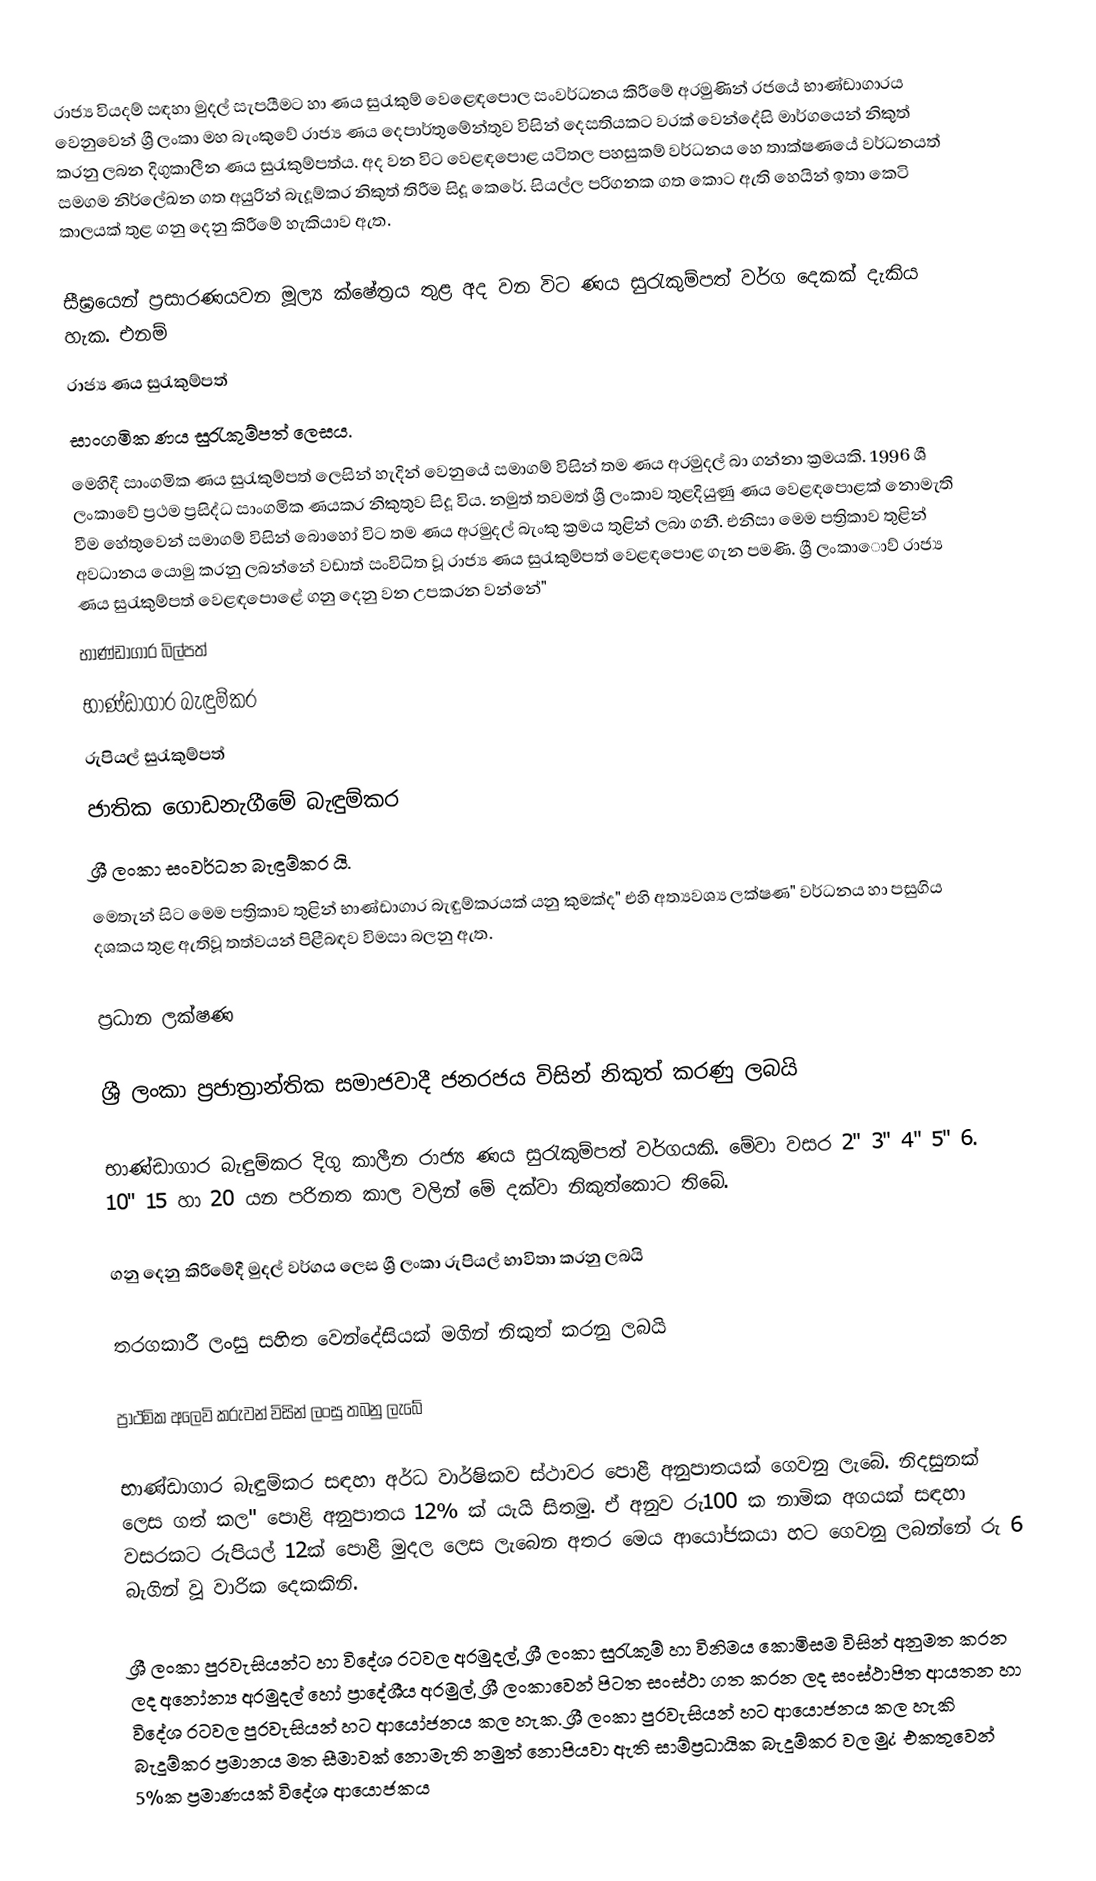
රාජ්‍ය වියදම් සඳහා මුදල් සැපයීමට හා ණය සුරැකුම් වෙළෙඳපොල සංවර්ධනය කිරීමේ අරමුණින් රජයේ භාණ්ඩාගාරය වෙනුවෙන් ශ්‍රී ලංකා මහ බැංකුවේ රාජ්‍ය ණය දෙපාර්තුමේන්තුව විසින් දෙසතියකට වරක් වෙන්දේසි මාර්ගයෙන් නිකුත් කරනු ලබන දිගුකාලීන ණය සුරැකුම්පත්ය. අද වන විට වෙළඳපොළ යටිතල පහසුකම් වර්ධනය හෙ තාක්ෂණයේ වර්ධනයත් සමගම නිර්ලේඛන ගත අයුරින් බැදූම්කර නිකුත් තිරීම සිදූ කෙරේ. සියල්ල පරිගනක ගත කොට ඇති හෙයින් ඉතා කෙටි කාලයක් තුළ ගනු දෙනු කිරීමේ හැකියාව ඇත.

සීඝ්‍රයෙන් ප්‍රසාරණයවන මූල්‍ය ක්ෂේත්‍රය තුළ අද වන විට ණය සුරැකුම්පත් වර්ග දෙකක් දැකිය හැක. එනම්
 රාජ්‍ය ණය සුරැකුම්පත්
 සාංගමික ණය සුරැකුම්පත් ලෙසය.
මෙහිදී සාංගමික ණය සුරැකුම්පත් ලෙසින් හැදින් වෙනුයේ සමාගම් විසින් තම ණය අරමුදල් බා ගන්නා ක්‍රමයකි. 1996 ශී ලංකාවේ ප්‍රථම ප්‍රසිද්ධ සාංගමික ණයකර නිකුතුව සිදූ විය. නමුත් තවමත් ශ්‍රී ලංකාව තුළදියුණු ණය වෙළඳපොළක් නොමැති වීම හේතුවෙන් සමාගම් විසින් බොහෝ විට තම ණය අරමුදල් බැංකු ක්‍රමය තුළින් ලබා ගනී. එනිසා මෙම පත්‍රිකාව තුළින් අවධානය යොමු කරනු ලබන්නේ වඩාත් සංවිධිත වූ රාජ්‍ය ණය සුරැකුම්පත් වෙළඳපොළ ගැන පමණි. ශ්‍රී ලංකාොව් රාජ්‍ය ණය සුරැකුම්පත් වෙළඳපොළේ ගනු දෙනු වන උපකරන වන්නේ"
 භාණ්ඩාගාර බිල්පත්
 භාණ්ඩාගාර බැඳුම්කර
 රුපියල් සුරැකුම්පත්
 ජාතික ගොඩනැගීමේ බැඳුම්කර
 ශ්‍රී ලංකා සංවර්ධන බැඳුම්කර යි.
මෙතැන් සිට මෙම පත්‍රිකාව තුළින් භාණ්ඩාගාර බැඳුම්කරයක් යනු කුමක්ද" එහි අත්‍යවශ්‍ය ලක්ෂණ" වර්ධනය හා පසුගිය දශකය තුළ ඇතිවූ තත්වයන් පිළීබඳව විමසා බලනු ඇත.

ප්‍රධාන ලක්ෂණ

 	ශ්‍රී ලංකා ප්‍රජාත්‍රාන්තික සමාජවාදී ජනරජය විසින් නිකුත් කරණු ලබයි

 	භාණ්ඩාගාර බැඳුම්කර දිගු කාලීන රාජ්‍ය ණය සුරැකුම්පත් වර්ගයකි. මේවා වසර 2" 3" 4" 5" 6. 10" 15 හා 20 යන පරිනත කාල වලින් මේ දක්වා නිකුත්කොට තිබේ.

 	ගනු දෙනු කිරීමේදී මුදල් වර්ගය ලෙස ශ්‍රී ලංකා රුපියල් භාවිතා කරනු ලබයි

 	තරගකාරී ලංසු සහිත වෙන්දේසියක් මගින් නිකුත් කරනු ලබයි

 	ප්‍රාථමික අලෙවි කරුවන් විසින් ලංසු තබනු ලැබේ

 	භාණ්ඩාගාර බැඳුම්කර සඳහා අර්ධ වාර්ෂිකව ස්ථාවර පොළී අනුපාතයක් ගෙවනු ලැබේ. නිදසුනක් ලෙස ගත් කල" පොළි අනුපාතය 12% ක් යැයි සිතමු. ඒ අනුව රු100 ක නාමික අගයක් සඳහා වසරකට රුපියල් 12ක් පොළී මුදල ලෙස ලැබෙන අතර මෙය ආයෝජකයා හට ගෙවනු ලබන්නේ රු 6 බැගින් වූ වාරික දෙකකිනි.

 	ශ්‍රී ලංකා පුරවැසියන්ට හා විදේශ රටවල අරමුදල්, ශ්‍රී ලංකා සුරැකුම් හා විනිමය කොමිසම විසින් අනුමත කරන ලද අනෝන්‍ය අරමුදල් හෝ ප්‍රාදේශීය අරමුල්, ශ්‍රී ලංකාවෙන් පිටත සංස්ථා ගත කරන ලද සංස්ථාපිත ආයතන හා විදේශ රටවල පුරවැසියන් හට ආයෝජනය කල හැක. ශ්‍රී ලංකා පුරවැසියන් හට ආයොජනය කල හැකි බැදූම්කර ප්‍රමානය මත සීමාවක් නොමැති නමුත් නොපියවා ඇති සාම්ප්‍රධායික බැදූම්කර වල මු¿ එකතුවෙන් 5%ක ප්‍රමාණයක් විදේශ ආයොජකය